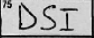
Transcription: DSI